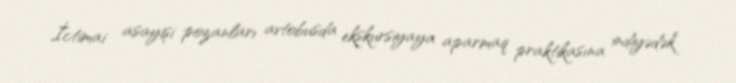
İctimai asayişi pozanları avtobusda ekskursiyaya aparmaq praktikasına indiyədək